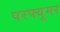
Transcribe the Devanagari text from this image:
परफ्यूमर